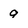
Character: 9